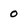
Character: 0